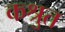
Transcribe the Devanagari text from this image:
कश्रुत